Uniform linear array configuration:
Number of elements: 12
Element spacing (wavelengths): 0.5
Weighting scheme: hann
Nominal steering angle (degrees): -30
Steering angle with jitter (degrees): -28.467
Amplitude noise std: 0.05
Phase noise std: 0.05

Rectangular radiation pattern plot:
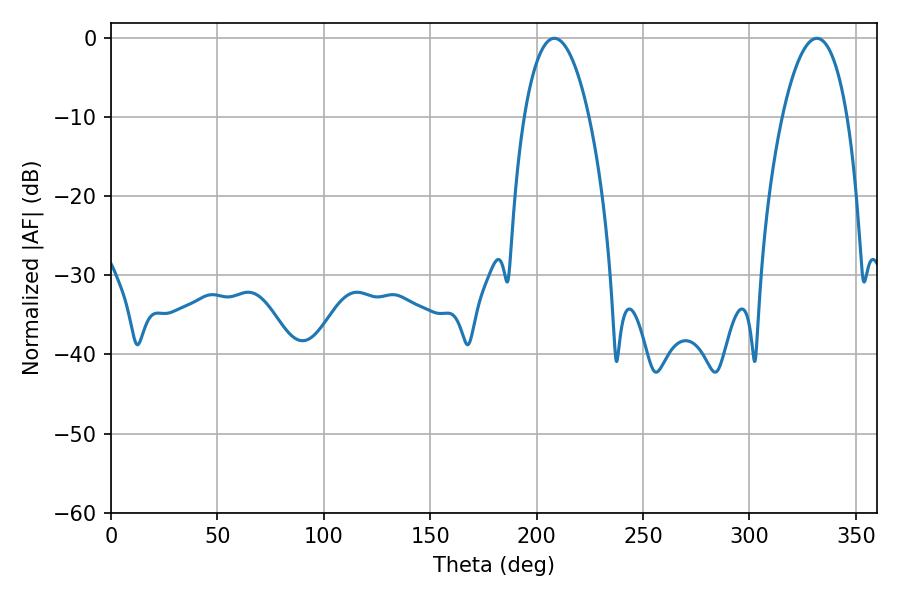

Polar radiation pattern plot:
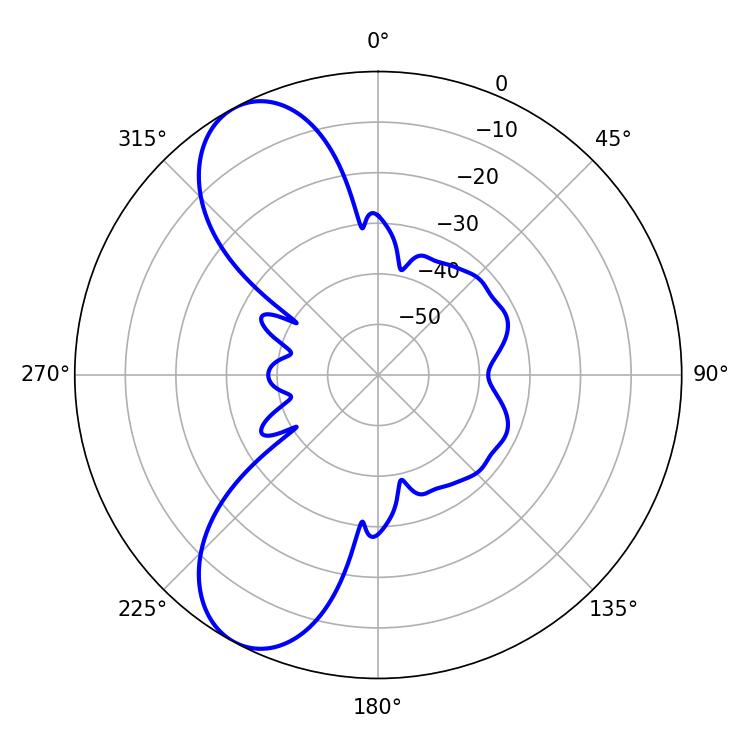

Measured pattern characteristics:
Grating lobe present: FALSE
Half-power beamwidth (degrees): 16.92
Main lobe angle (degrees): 208.26